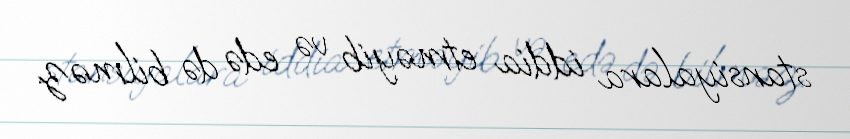
stansiyalara iddia etməyib və edə də bilməz.